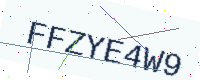
Text: FFZYE4W9